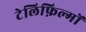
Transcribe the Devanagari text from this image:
टेलिफ़िल्मों